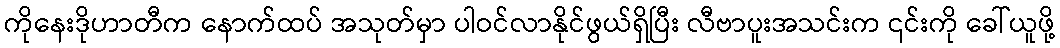
ကိုနေးဒိုဟာတီက နောက်ထပ် အသုတ်မှာ ပါဝင်လာနိုင်ဖွယ်ရှိပြီး လီဗာပူးအသင်းက ၎င်းကို ခေါ်ယူဖို့